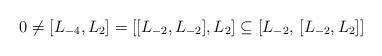
LaTeX: \begin{align*} 0 \neq [L_{-4}, L_{2}] = [[L_{-2}, L_{-2}], L_{2}]\subseteq [L_{-2}, \, [L_{-2}, L_{2}]]\end{align*}